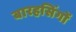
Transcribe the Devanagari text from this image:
बारहसिंगों